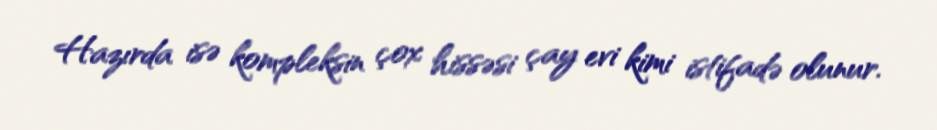
Hazırda isə kompleksin çox hissəsi çay evi kimi istifadə olunur.